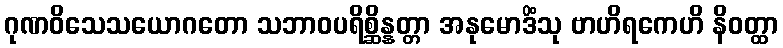
ဂုဏဝိသေသယောဂတော သဘာဝပရိစ္ဆိန္နတ္တာ အနုမောဒိံသု ဗာဟိရကေဟိ နိဝတ္ထာ